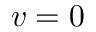
v = 0